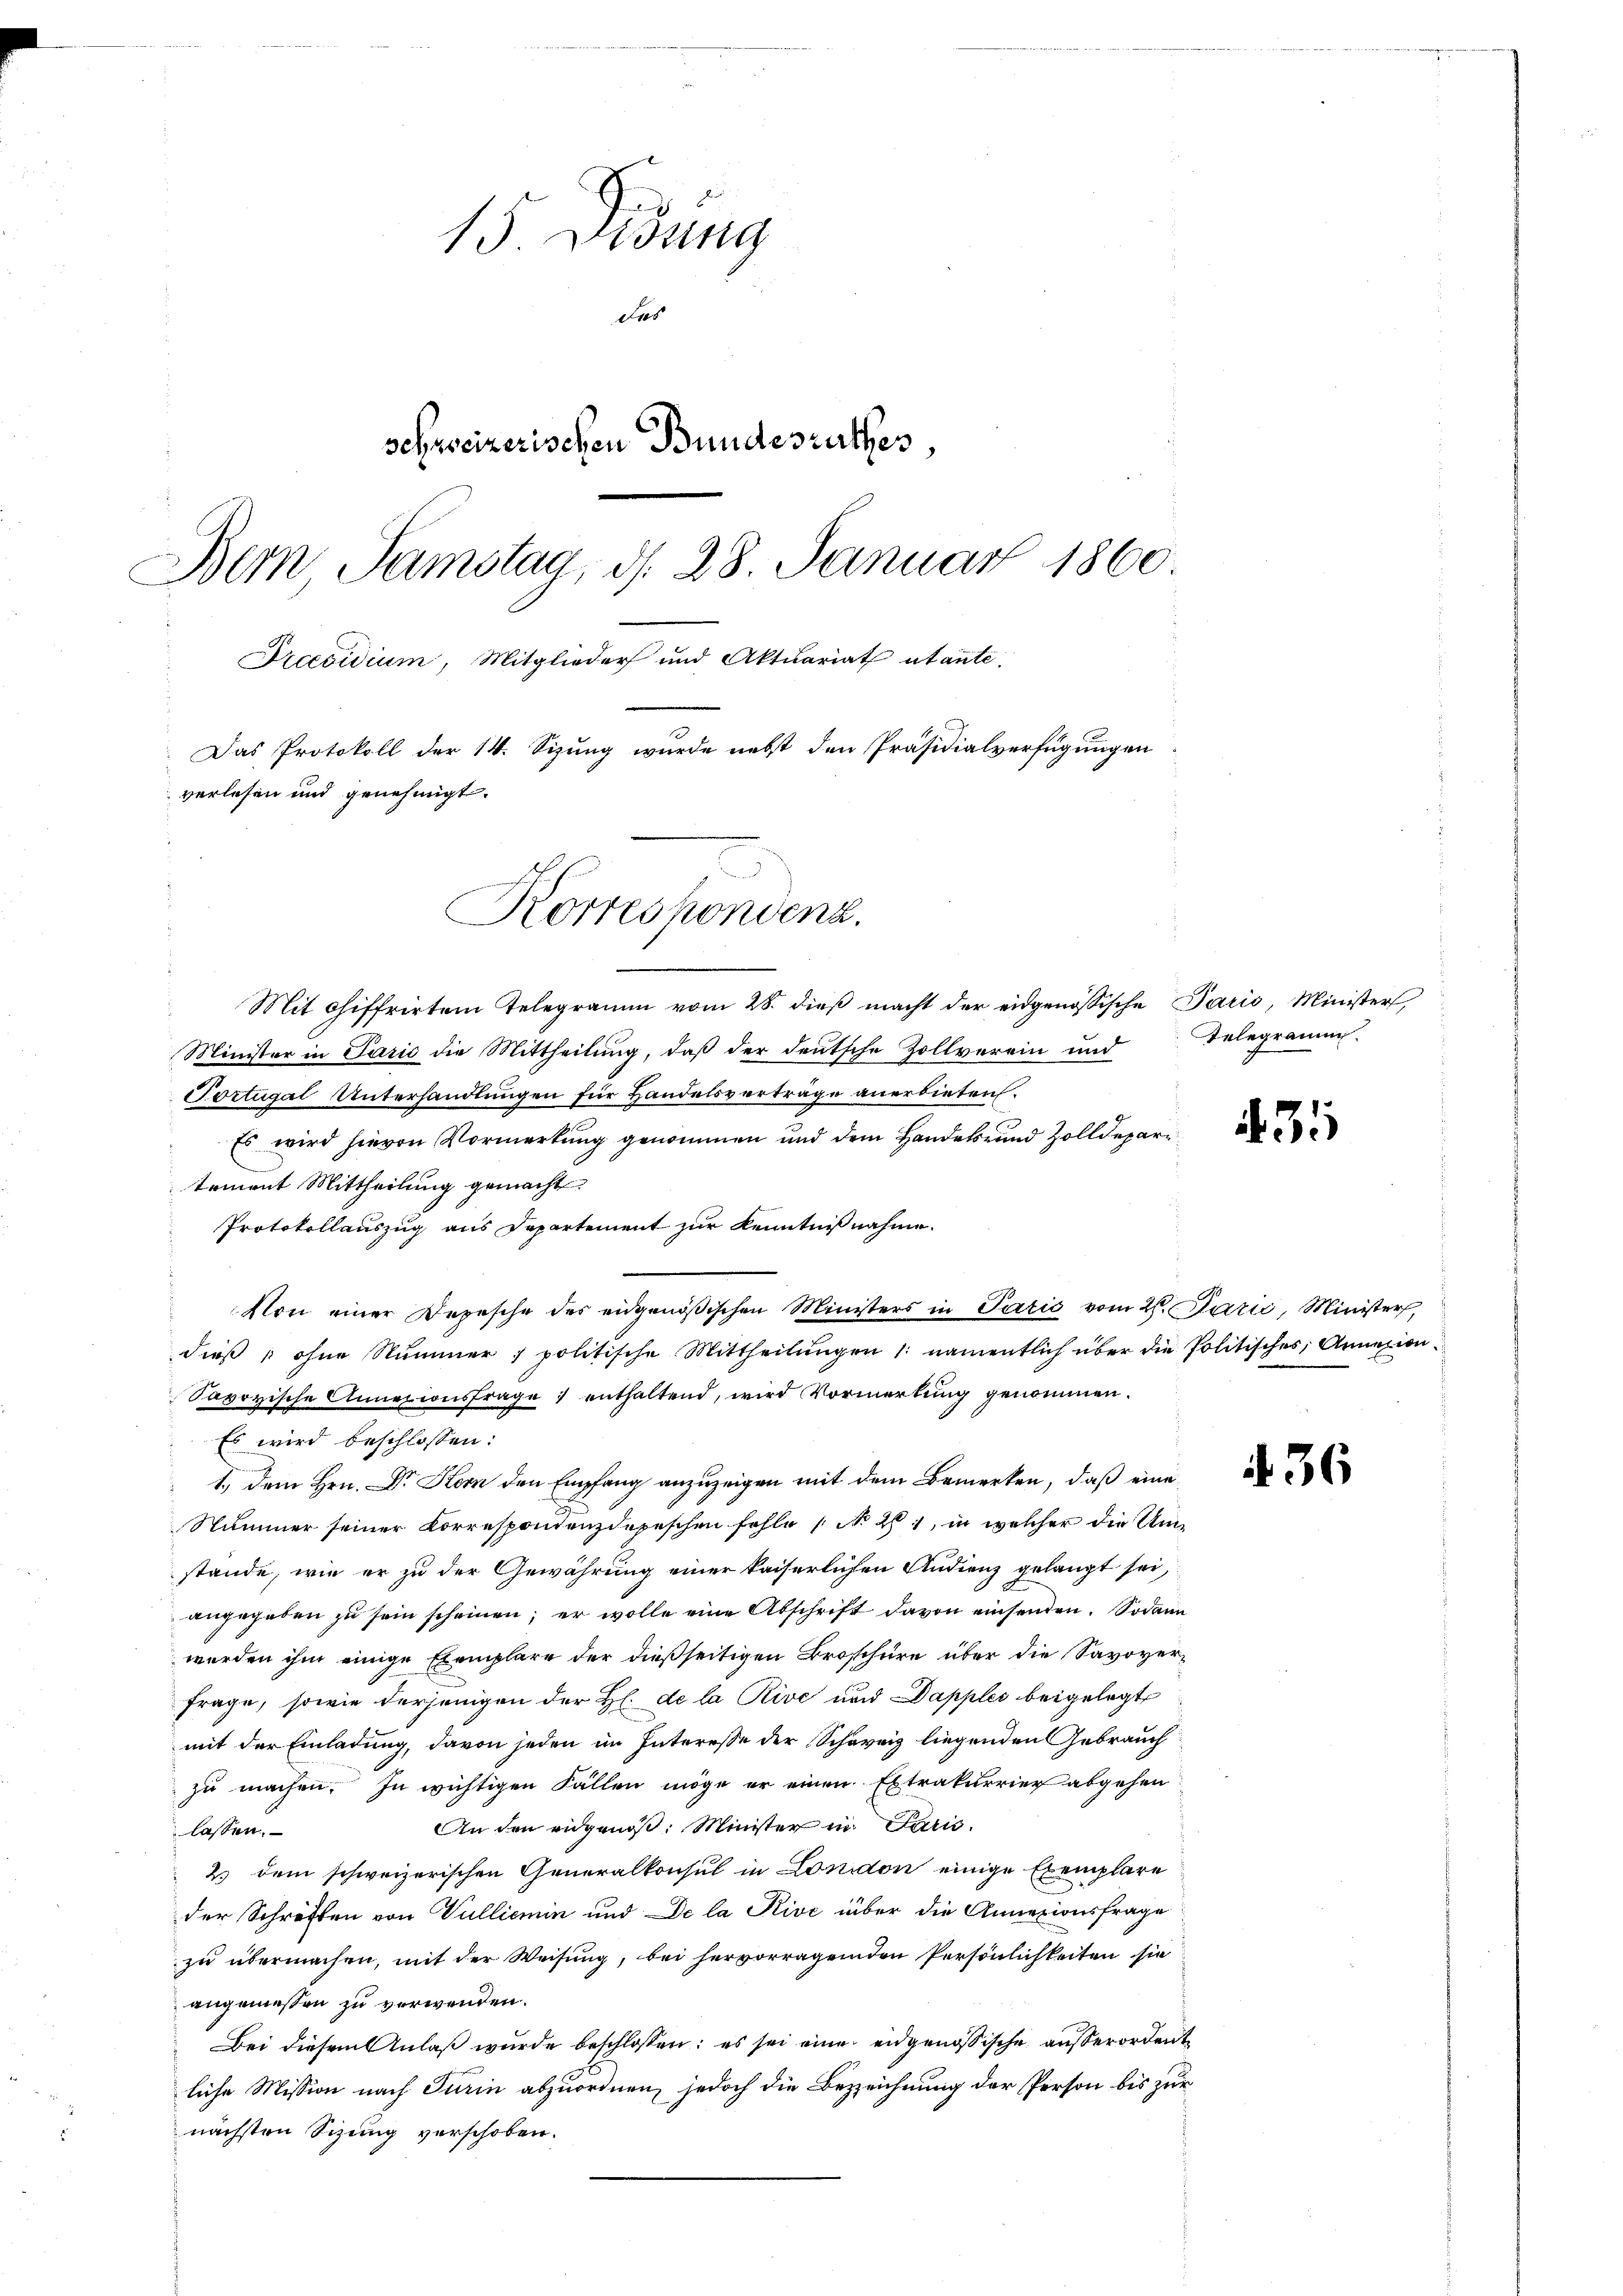
15 Didung
das
schweizerischen Bundesrathes,
Bern Samstag, d. 28. Januar 1860.
Preesidium, Mitglieder und Aktuariat utante.
Das Protokoll der 14. Sizung wurde nebst den Präsidialverfügungen
verlesen und genehmigt.
Korrespondenz.

Mit chiffrirten Telegramm vom 28. dieβ macht der eidgenössische Paris, Minister,
Minister in Paris die Mittheilung, daβ der deutsche Zollverein und Telegramm
Portugal Unterhandlungen für Handelsverträge anerbieten.
Es wird hievon Vormerkung genommen und dem Handels- und Zolldepartement Mittheilung gemacht.
Protokollauszug aus Departement zur Kenntnißnahme.
Von einer Depesche des eidgenößischen Ministers in Paris vom 2. Parić, Minister,
dieß ohne Nummer politische Mittheilŭngen 1. namentlich über die Politisches, Annexion
Savoyische Annexionsfrage : enthaltend, wird Vormerkung genommen.
Es wird beschlossen:
1., dem Hrn. Dr Korn den Empfang anzuzeigen mit dem Bemerken, daß eine
Nummer seiner Correspondenzdepeschen fehle No 261, in welcher die Umstände, wie er zu der Gewährung einer kaiserlichen Audienz gelangt sei,
angegeben zu sein scheinen; er wolle eine Abschrift davon einsenden. Sodann
werden ihm einige Exemplare der dießseitigen Broschüre über die Savover¬
Frage, sowie derjenigen der H. de la Rive und Dapples beigelegt
mit der Einladung, davon jeden im Interesse der Schweiz liegenden Gebrauch
zu machen. In wichtigen Fällen möge er einen Extrakurrier abgehen
An den eidgenöß: Minister in Paris.
lassen.
2.) dem schweizerischen Generalkonsul in London einige Exemplare
der Schriften von Vulliemin und De la Kive über die Annazionsfrage
zu übermachen, mit der Weisung, bei hervorragenden Persönlichkeiten sie
angemessen zu verwenden.
Bei diesem Anlaß wurde beschlossen: es sei eine eidgenößische außerordent
liche Mission nach Turin abzuordnen, jedoch die Bezeichnung der Person bis zur
nächsten Sizung verschoben.

31

36